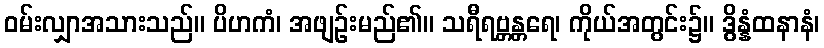
ဝမ်းလျှာအသားသည်။ ပိဟကံ၊ အဖျဉ်းမည်၏။ သရီရဗ္တန္တရေ၊ ကိုယ်အတွင်း၌။ ဒွိန္နံထနာနံ၊